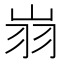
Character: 𦏿